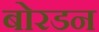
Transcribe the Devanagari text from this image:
बोरडन